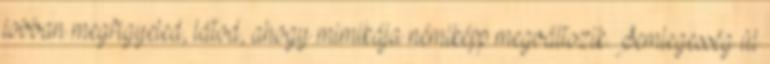
jobban megfigyeled, látod, ahogy mimikája némiképp megváltozik. Semlegesség ül